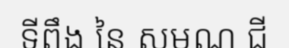
ទីពឹង នៃ សមណ ជី